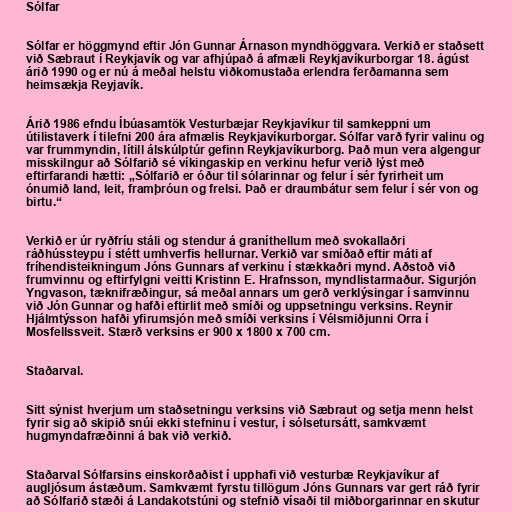
Sólfar

Sólfar er höggmynd eftir Jón Gunnar Árnason myndhöggvara. Verkið er staðsett
við Sæbraut í Reykjavík og var afhjúpað á afmæli Reykjavíkurborgar 18. ágúst
árið 1990 og er nú á meðal helstu viðkomustaða erlendra ferðamanna sem
heimsækja Reyjavík.

Árið 1986 efndu Íbúasamtök Vesturbæjar Reykjavíkur til samkeppni um
útilistaverk í tilefni 200 ára afmælis Reykjavíkurborgar. Sólfar varð fyrir valinu og
var frummyndin, lítill álskúlptúr gefinn Reykjavíkurborg. Það mun vera algengur
misskilngur að Sólfarið sé víkingaskip en verkinu hefur verið lýst með
eftirfarandi hætti: „Sólfarið er óður til sólarinnar og felur í sér fyrirheit um
ónumið land, leit, framþróun og frelsi. Það er draumbátur sem felur í sér von og
birtu.“

Verkið er úr ryðfríu stáli og stendur á graníthellum með svokallaðri
ráðhússteypu í stétt umhverfis hellurnar. Verkið var smíðað eftir máti af
fríhendisteikningum Jóns Gunnars af verkinu í stækkaðri mynd. Aðstoð við
frumvinnu og eftirfylgni veitti Kristinn E. Hrafnsson, myndlistarmaður. Sigurjón
Yngvason, tæknifræðingur, sá meðal annars um gerð verklýsingar í samvinnu
við Jón Gunnar og hafði eftirlit með smíði og uppsetningu verksins. Reynir
Hjálmtýsson hafði yfirumsjón með smíði verksins í Vélsmiðjunni Orra í
Mosfellssveit. Stærð verksins er 900 x 1800 x 700 cm.

Staðarval.

Sitt sýnist hverjum um staðsetningu verksins við Sæbraut og setja menn helst
fyrir sig að skipið snúi ekki stefninu í vestur, í sólsetursátt, samkvæmt
hugmyndafræðinni á bak við verkið.

Staðarval Sólfarsins einskorðaðist í upphafi við vesturbæ Reykjavíkur af
augljósum ástæðum. Samkvæmt fyrstu tillögum Jóns Gunnars var gert ráð fyrir
að Sólfarið stæði á Landakotstúni og stefnið vísaði til miðborgarinnar en skutur